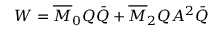
W = \overline { { { M } } } _ { 0 } Q \bar { Q } + \overline { { { M } } } _ { 2 } Q A ^ { 2 } \bar { Q }